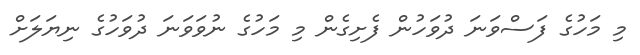
މި މަހުގެ ފަސްވަނަ ދުވަހުން ފެށިގެން މި މަހުގެ ނުވަވަނަ ދުވަހުގެ ނިޔަލަށް